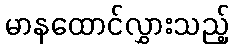
မာနထောင်လွှားသည့်